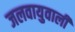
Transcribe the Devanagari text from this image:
जलवायुवाली